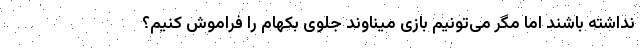
نداشته باشند اما مگر می‌تونیم بازی میناوند جلوی بکهام را فراموش کنیم؟